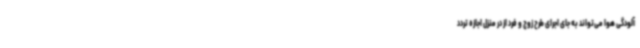
آلودگی هوا می‌تواند به جای اجرای طرح زوج و فرد از در منزل اجازه تردد